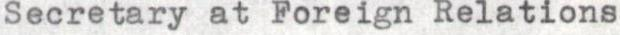
Secretary at Foreign Relations